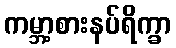
ကမ္ဘာ့စားနပ်ရိက္ခာ